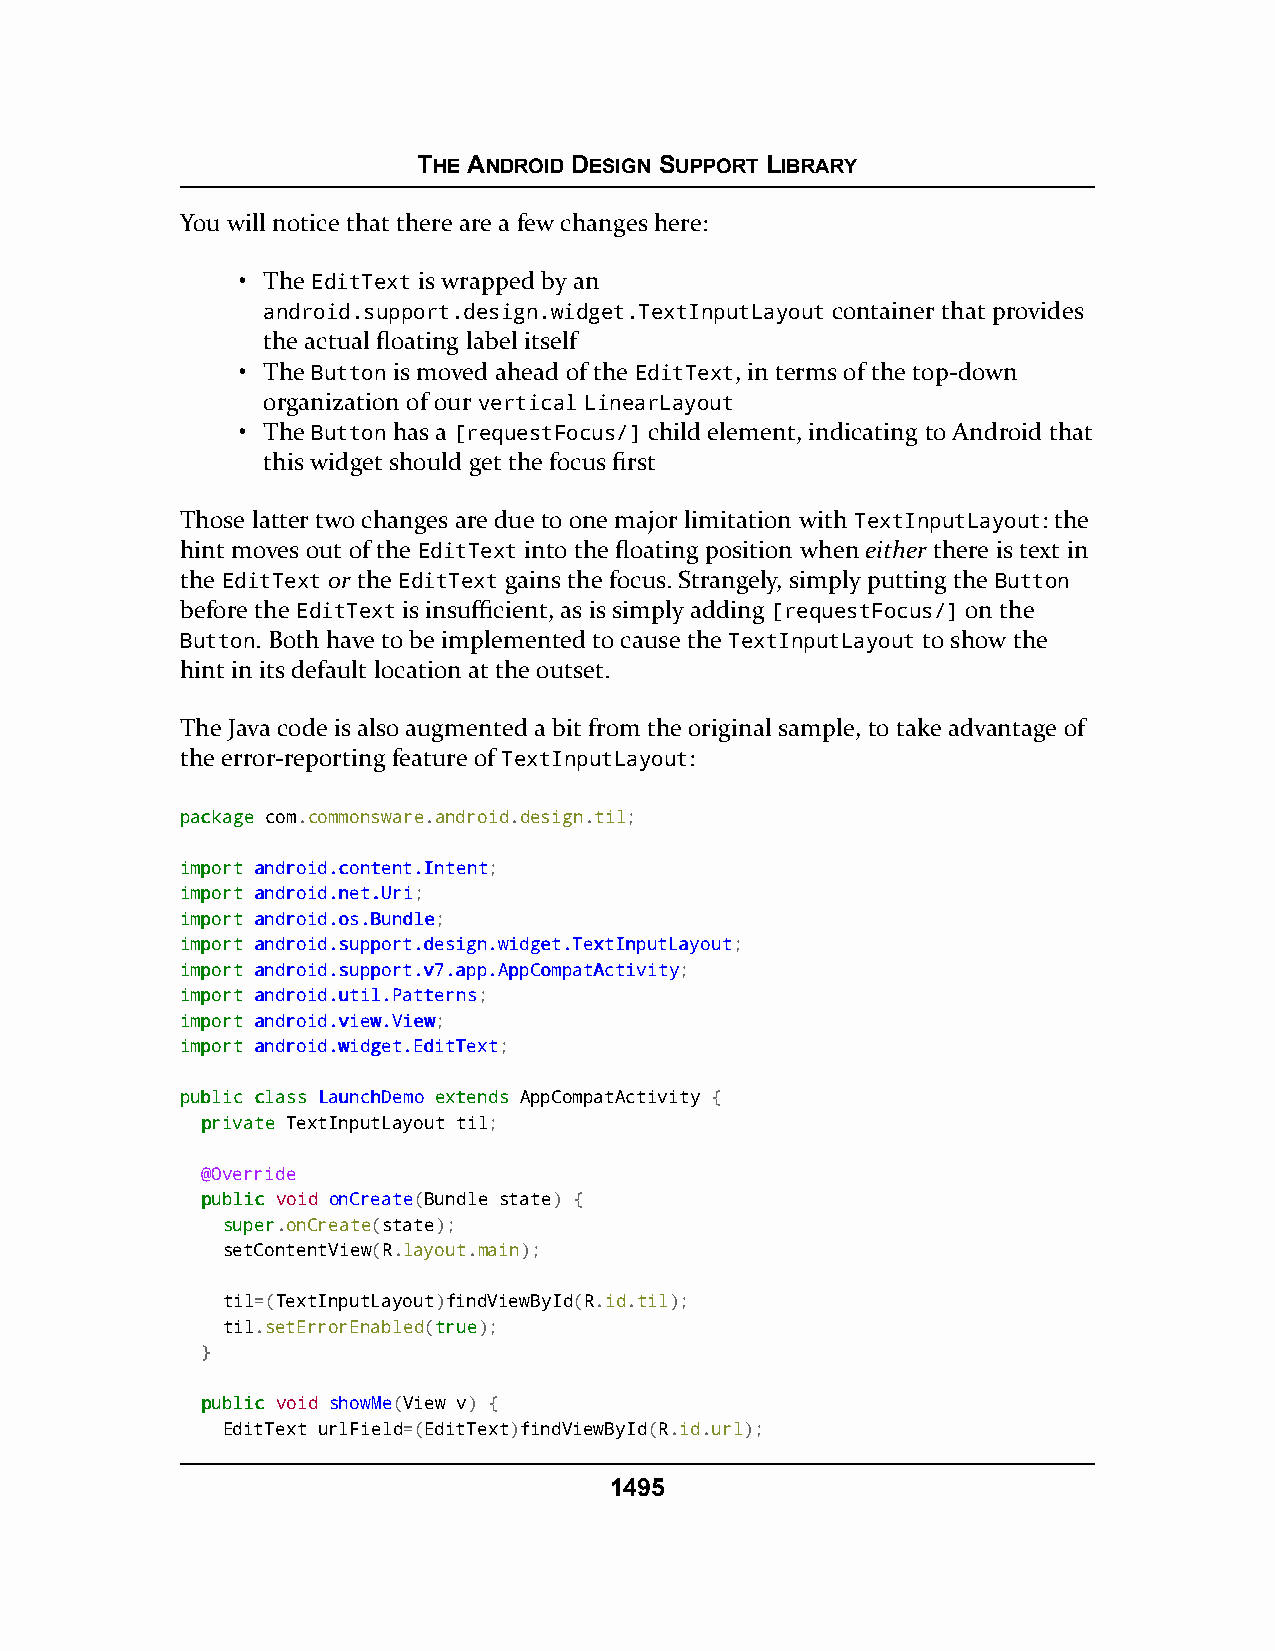
THE ANDROID DESIGN SUPPORT LIBRARY
 You will notice that there are a few changes here:
 • The EditText is wrapped by an
 android.support.design.widget.TextInputLayout container that provides
 the actual floating label itself
 • The Button is moved ahead of the EditText, in terms of the top-down
 organization of our vertical LinearLayout
 • The Button has a [requestFocus/] child element, indicating to Android that
 this widget should get the focus first
 Those latter two changes are due to one major limitation with TextInputLayout: the
 hint moves out of the EditText into the floating position when either there is text in
 the EditText or the EditText gains the focus. Strangely, simply putting the Button
 before the EditText is insufficient, as is simply adding [requestFocus/] on the
 Button. Both have to be implemented to cause the TextInputLayout to show the
 hint in its default location at the outset.
 The Java code is also augmented a bit from the original sample, to take advantage of
 the error-reporting feature of TextInputLayout:
 ppaacckkaaggee com.commonsware.android.design.til;
 iimmppoorrtt aannddrrooiidd..ccoonntteenntt..IInntteenntt;
 iimmppoorrtt aannddrrooiidd..nneett..UUrrii;
 iimmppoorrtt aannddrrooiidd..ooss..BBuunnddllee;
 iimmppoorrtt aannddrrooiidd..ssuuppppoorrtt..ddeessiiggnn..wwiiddggeett..TTeexxttIInnppuuttLLaayyoouutt;
 iimmppoorrtt aannddrrooiidd..ssuuppppoorrtt..vv77..aapppp..AAppppCCoommppaattAAccttiivviittyy;
 iimmppoorrtt aannddrrooiidd..uuttiill..PPaatttteerrnnss;
 iimmppoorrtt aannddrrooiidd..vviieeww..VViieeww;
 iimmppoorrtt aannddrrooiidd..wwiiddggeett..EEddiittTTeexxtt;
 ppuubblliicc ccllaassss LLaauunncchhDDeemmoo eexxtteennddss AppCompatActivity {
 pprriivvaattee TextInputLayout til;
 @Override
 ppuubblliicc void onCreate(Bundle state) {
 ssuuppeerr.onCreate(state);
 setContentView(R.layout.main);
 til=(TextInputLayout)findViewById(R.id.til);
 til.setErrorEnabled(ttrruuee);
 }
 ppuubblliicc void showMe(View v) {
 EditText urlField=(EditText)findViewById(R.id.url);
 1495